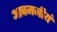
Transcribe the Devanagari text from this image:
आचमनीयं